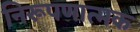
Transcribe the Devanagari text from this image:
निरूपणात्मक